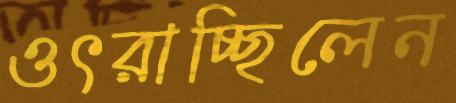
ওৎরাচ্ছিলেন